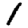
Digit: 1